Indian journal of veterinary science and animal husbandry - Volumes 15-17, 1948-1951
Year: 1948
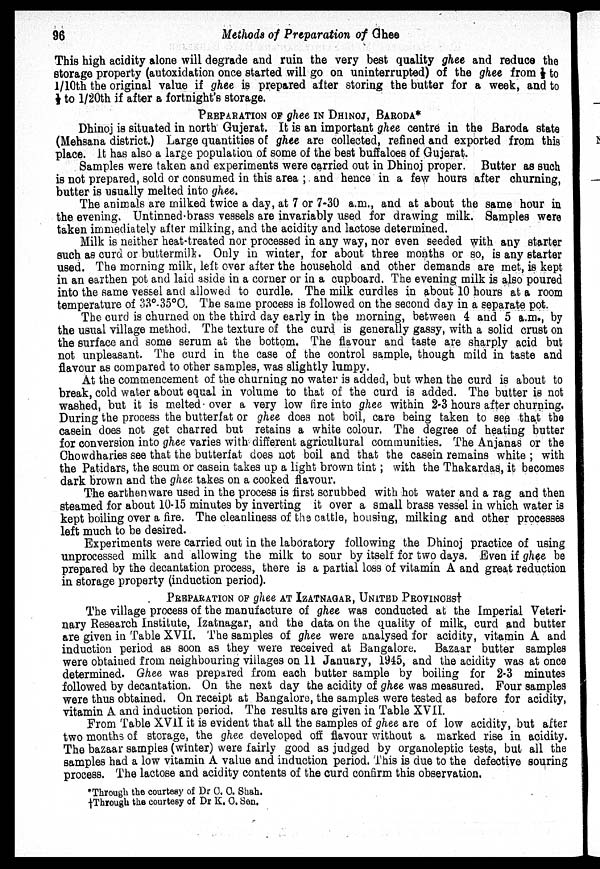
96
Methods of Preparation of Ghee
This high acidity alone will degrade and ruin the very best quality ghee and reduce the
storage property (autoxidation once started will go on uninterrupted) of the ghee from ½ to
1/10th the original value if ghee is prepared after storing the butter for a week, and to
½ to l/20th if after a fortnight's storage.
PREPARATION OF GHEE IN DHINOJ, BARODA*
Dhinoj is situated in north Gujerat. It is an important ghee centre in the Baroda state
(Mehsana district.) Large quantities of ghee are collected, refined and exported from this
place. It has also a large population of some of the best buffaloes of Gujerat.
Samples were taken and experiments were carried out in Dhinoj proper. Butter as such
is not prepared, sold or consumed in this area ; and hence in a few hours after churning,
butter is usually melted into ghee.
The animals are milked twice a day, at 7 or 7-30 a.m., and at about the same hour in
the evening. Untinned brass vessels are invariably used for drawing milk. Samples were
taken immediately after milking, and the acidity and lactose determined.
Milk is neither heat-treated nor processed in any way, nor even seeded with any starter
such as curd or buttermilk. Only in winter, for about three months or so, is any starter
used. The morning milk, left over after the household and other demands are met, is kept
in an earthen pot and laid aside in a corner or in a cupboard. The evening milk is also poured
into the same vessel and allowed to curdle. The milk curdles in about 10 hours at a room
temperature of 33°-35°C. The same process is followed on the second day in a separate pot.
The curd is churned on the third day early in the morning, between 4 and 5 a.m., by
the usual village method. The texture of the curd is generally gassy, with a solid crust on
the surface and some serum at the bottom. The flavour and taste are sharply acid but
not unpleasant. The curd in the case of the control sample, though mild in taste and
flavour as compared to other samples, was slightly lumpy.
At the commencement of the churning no water is added, but when the curd is about to
break, cold water about equal in volume to that of the curd is added. The butter is not
washed, but it is melted over a very low fire into ghee within 2-3 hours after churning.
During the process the butterfat or ghee does not boil, care being taken to see that the
casein does not get charred but retains a white colour. The degree of heating butter
for conversion into ghee varies with different agricultural communities. The Anjanas or the
Chowdharies see that the butterfat does not boil and that the casein remains white ; with
the Patidars, the scum or casein takes up a light brown tint; with the Thakardas, it becomes
dark brown and the ghee takes on a cooked flavour.
The earthenware used in the process is first scrubbed with hot water and a rag and then
steamed for about 10-15 minutes by inverting it over a small brass vessel in which water is
kept boiling over a fire. The cleanliness of the cattle, housing, milking and other processes
left much to be desired.
Experiments were carried out in the laboratory following the Dhinoj practice of using
unprocessed milk and allowing the milk to sour by itself for two days. Even if ghee be
prepared by the decantation process, there is a partial loss of vitamin A and great reduction
in storage property (induction period).
PREPARATION OF ghee AT IZATNAGAR, UNITED PROVINCES†
The village process of the manufacture of ghee was conducted at the Imperial Veteri-
nary Research Institute, Izatnagar, and the data on the quality of milk, curd and butter
are given in Table XVII. The samples of ghee were analysed for acidity, vitamin A and
induction period as soon as they were received at Bangalore. Bazaar butter samples
were obtained from neighbouring villages on 11 January, 1945, and the acidity was at once
determined. Ghee was prepared from each butter sample by boiling for 2-3 minutes
followed by decantation. On the next day the acidity of ghee was measured. Four samples
were thus obtained. On receipt at Bangalore, the samples were tested as before for acidity,
vitamin A and induction period. The results are given in Table XVII.
From Table XVII it is evident that all the samples of ghee are of low acidity, but after
two months of storage, the ghee developed off flavour without a marked rise in acidity.
The bazaar samples (winter) were fairly good as judged by organoleptic tests, but all the
samples had a low vitamin A value and induction period. This is due to the defective souring
process. The lactose and acidity contents of the curd confirm this observation.
*Through the courtesy of Dr C. C. Shah.
†Through the courtesy of Dr K. C. Sen.